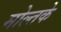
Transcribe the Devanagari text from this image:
मोल्तके